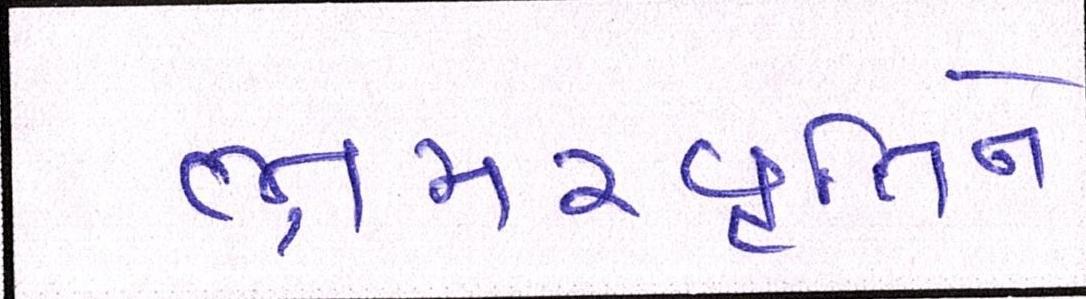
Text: ભ્રમરવૃતિને